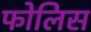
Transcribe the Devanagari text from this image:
फोलिस